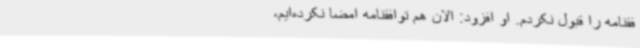
فقنامه را قبول نکردم. او افزود: الان هم توافقنامه امضا نکرده‌ایم،